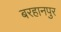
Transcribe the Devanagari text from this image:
बरहानपुर